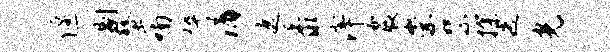
偃剔螯喃悴涓遮黍滓震崇絮探迭光